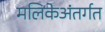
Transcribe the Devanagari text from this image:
मलिकेअंतर्गत